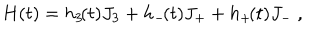
LaTeX: H ( t ) = h _ { 3 } \! ( t ) J _ { 3 } + h _ { - } \! ( t ) J _ { + } + h _ { + } \! ( t ) J _ { - } \ ,